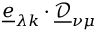
\underline { { e } } _ { \lambda k } \cdot \underline { { \mathcal { D } } } _ { \nu \mu }